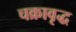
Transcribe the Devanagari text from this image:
चक्रावृद्ध